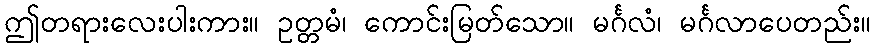
ဤတရားလေးပါးကား။ ဥတ္တမံ၊ ကောင်းမြတ်သော။ မင်္ဂလံ၊ မင်္ဂလာပေတည်း။